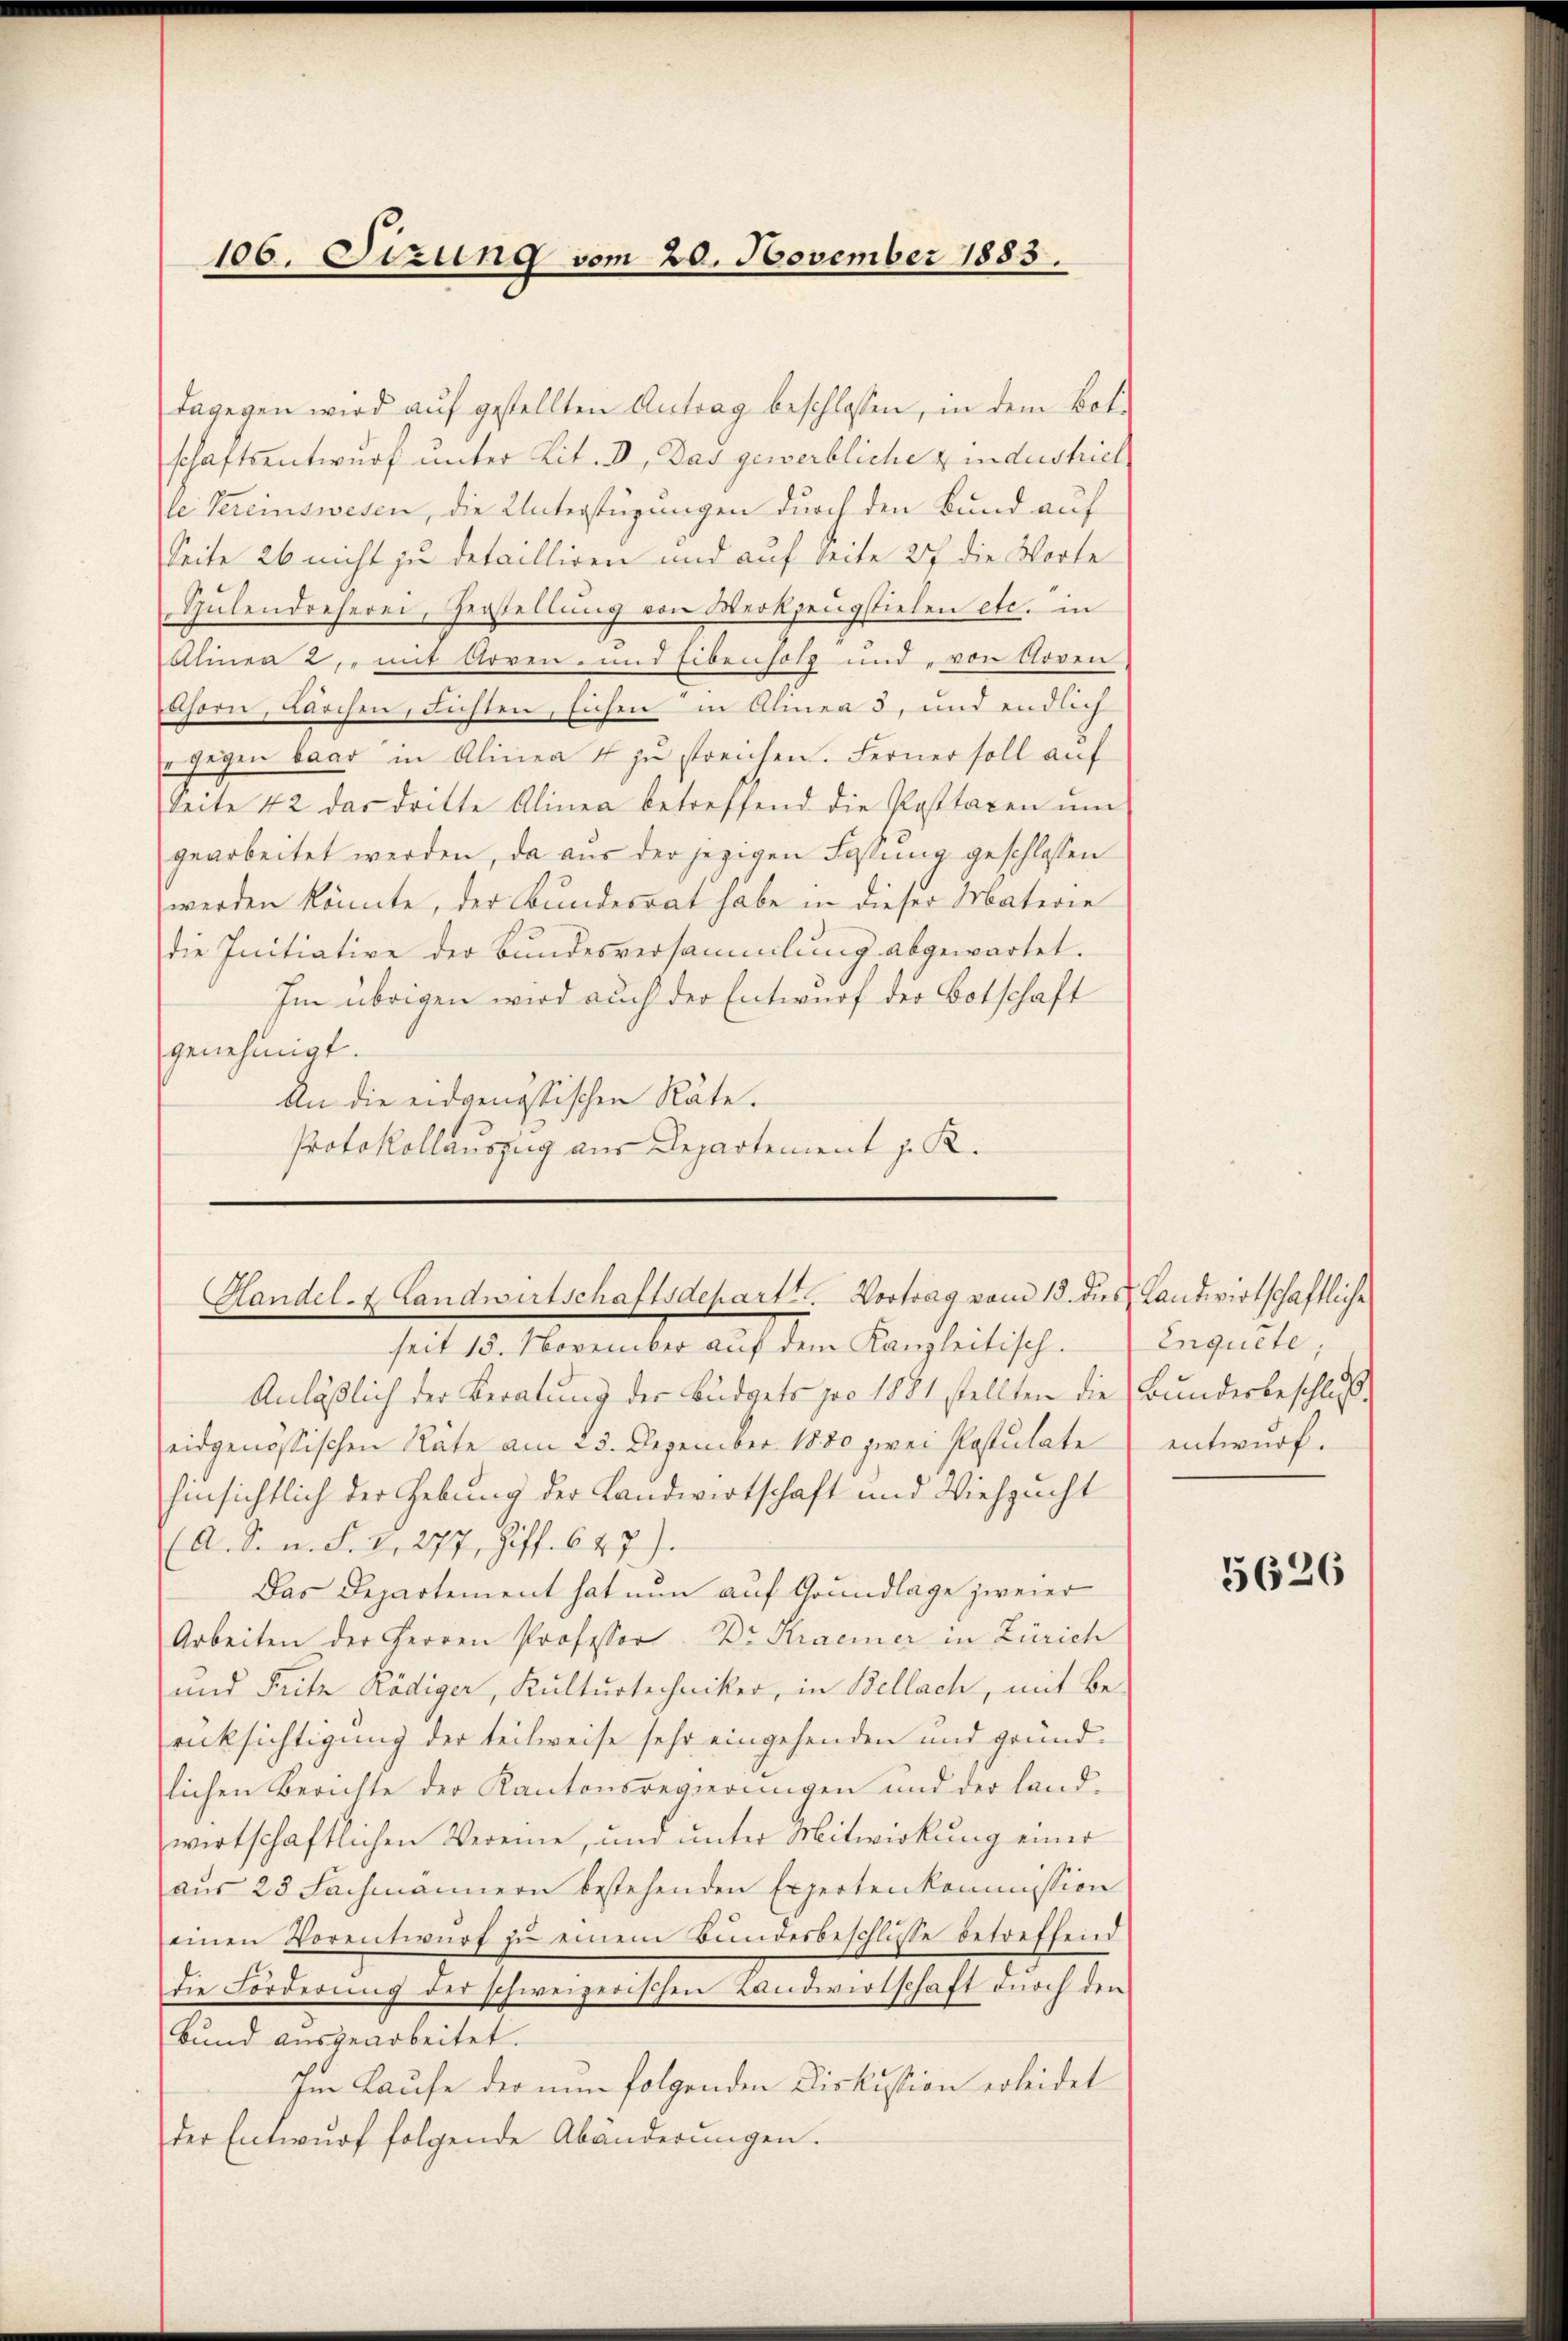
106. Sizung vom 20. November 1883.

dagegen wird auf gestellten Antrag beschlossen, in dem Botschaftsentwurf unter Lit. V. Das gewerbliche Kindeshiel
le Vereinswesen, die Unterstüzungen durch den Bund auf
Seite 26 nicht zu detailliren und auf Seite 27 die Worte
Spülendreseren, Herstellŭng von Werkzeugstielen etc. in
Alinea 2, mit Arren- und Eibenholz und von Arren
shorn, durchen, Fichten, sichen in Almea 5, und endlich
e gegen baar in Alinea 4 zŭ streichen. Ferner soll auf
Seite 42 das dritte Alinea betreffend die Posttaxen ŭm
gearbeitet werden, da aus der jezigen Fassung geschlossen
werden könnte, der Bundesrat habe in dieser Materie
die Initiative der Bundesversammlung abgewartet.
Im übrigen wird auch der Entwurf der Botschaft
genehmigt.
An die eidgenössischen Räte.
Protokollauszug aus Departement z. R.

Handel- & Landwirtschaftsdepartt. Vortrag vom 15. des Landwirtschaftliche

seit 15. November auf dem Kanzleitisch.
Anläßlich der Beratung der Büdgets pro 1881 stellten die Bundesbeschluß
eidgenössischen Räte am 23. Dezember 1880 zwei Postulate
hinsichtlich der Hebung der Landwirtschaft und Viehzucht
(A. S. n. F. V, 277, Ziff. 647).
Das Departement hat nun auf Grundlage zweier
Arbeiten der Herren Professor Dr. Kracier in Zürich
und Seite Rödiger, Kulturtechniker, in Bellach, mit Be-
rücksichtigung der teilweise sehr eingehenden und grund-
lichen Berichte der Kantonsregierungen und der land-
wirtschaftlichen Vereine, und unter Mitwirkung einer
aus 23 Fachmännern bestehenden Expertenkommission
einen Vorentwŭrf zŭ einem Bundesbeschlüsse betreffend
die Forderung der schweizerischen Landwirtschaft durch den
Bund ausgearbeitet.
Im Laufe der nun folgenden Diskussion erleidet
der Entwurf folgende Abänderungen.

Enquete;
entwurf.

5626